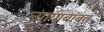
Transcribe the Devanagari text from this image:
न्यायाबाबत